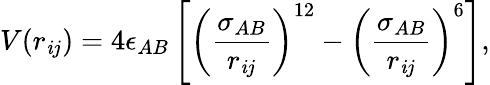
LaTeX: V(r_{\mathit{i}j})=4\epsilon_{AB}\left[\left(\frac{{\sigma_{AB}}}{{r_{\mathit{i}j}}}\right)^{12}-\left(\frac{{\sigma_{AB}}}{{r_{\mathit{i}j}}}\right)^{6}\right],